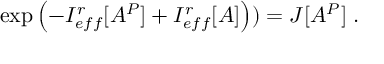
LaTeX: \exp \left( - I _ { e f f } ^ { r } [ A ^ { P } ] + I _ { e f f } ^ { r } [ A ] \right) ) = { \cal J } [ A ^ { P } ] \; .